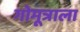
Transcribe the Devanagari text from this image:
गोमूत्राला